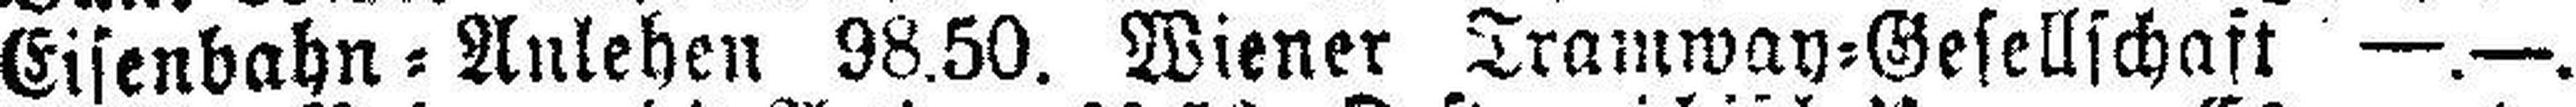
Eisenbahn=Anlehen 98.50. Wiener Tramway=Gesellschaft —.—.